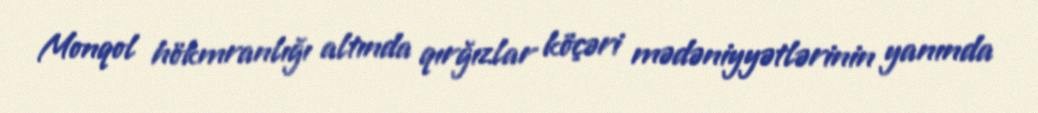
Monqol hökmranlığı altında qırğızlar köçəri mədəniyyətlərinin yanında